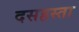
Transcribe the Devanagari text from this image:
दसहस्ता